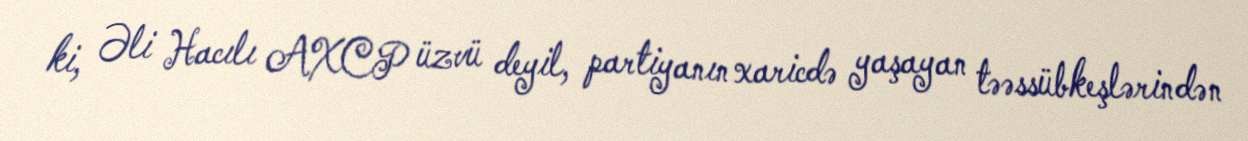
ki, Əli Hacılı AXCP üzvü deyil, partiyanın xaricdə yaşayan təəssübkeşlərindən